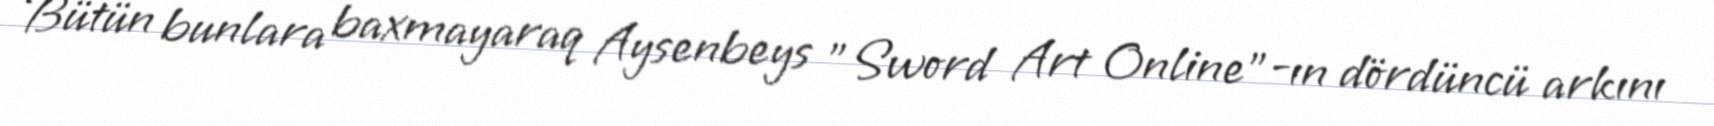
Bütün bunlara baxmayaraq Aysenbeys "Sword Art Online"-ın dördüncü arkını